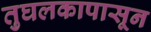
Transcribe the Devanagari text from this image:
तुघलकापासून